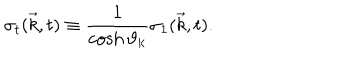
LaTeX: { \sigma } _ { t } ( { \vec { k } } , t ) \equiv \frac { 1 } { \cosh { \vartheta } _ { k } } { \sigma } _ { 1 } ( { \vec { k } } , t ) .